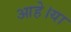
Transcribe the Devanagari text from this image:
आहे।या